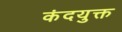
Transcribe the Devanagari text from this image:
कंदयुक्त